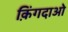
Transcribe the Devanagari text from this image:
क़िंगदाओ